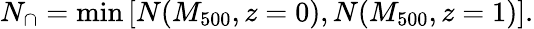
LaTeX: N_{\cap}=\operatorname*{min}\left[N(M_{500},z=0),N(M_{500},z=1)\right].